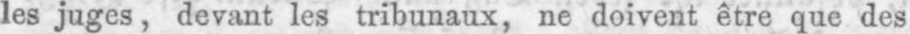
les juges, devant les tribunaux, ne doivent être que des